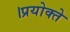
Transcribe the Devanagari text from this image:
।प्रयोक्ते